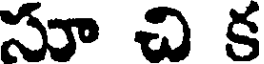
సూ చి క